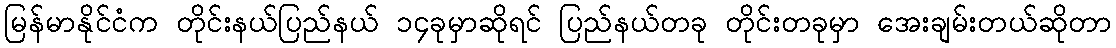
မြန်မာနိုင်ငံက တိုင်းနယ်ပြည်နယ် ၁၄ခုမှာဆိုရင် ပြည်နယ်တခု တိုင်းတခုမှာ အေးချမ်းတယ်ဆိုတာ